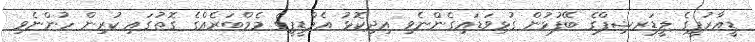
ޑީއާރުޕީގެ ލީޑަރޝިޕްގެ ބޭފުޅުން ގުޅިވަޑައިގެންނެވި އިދިކޮޅު އެމްޑީޕީގެ މެމްބަރެއްގެ ގޮތުގައި ކުރިން ހުންނެވި